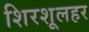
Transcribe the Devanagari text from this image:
शिरशूलहर